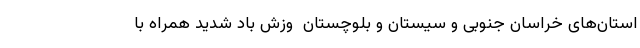
استان‌های خراسان جنوبی و سیستان و بلوچستان  وزش باد شدید همراه با